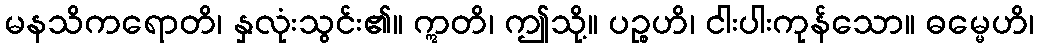
မနသိကရောတိ၊ နှလုံးသွင်း၏။ ဣတိ၊ ဤသို့။ ပဉ္စဟိ၊ ငါးပါးကုန်သော။ ဓမ္မေဟိ၊